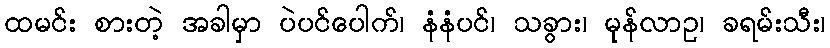
ထမင်း စားတဲ့ အခါမှာ ပဲပင်ပေါက်၊ နံနံပင်၊ သခွား၊ မုန်လာဥ၊ ခရမ်းသီး၊